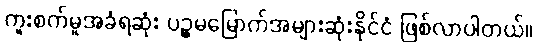
ကူးစက်မှုအခံရဆုံး ပဉ္စမမြောက်အများဆုံးနိုင်ငံ ဖြစ်လာပါတယ်။